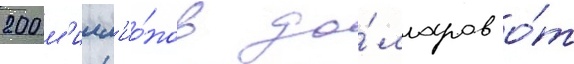
200 м'илл'ио́нов до́лларов о́т